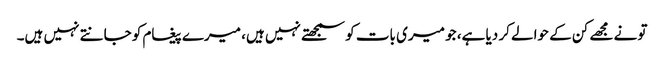
تو نے مجھے کن کے حوالے کر دیا ہے، جو میری بات کو سمجھتے نہیں ہیں، میرے پیغام کو جانتے نہیں ہیں۔